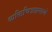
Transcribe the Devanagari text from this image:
व्यक्तिचित्राप्रमाणे